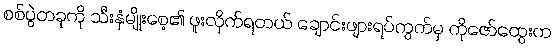
စစ်ပွဲတခုကို သီးနှံမျိုးစေ့၏ ဖူးလိုက်ရတယ် ချောင်းဖျားရပ်ကွက်မှ ကိုဇော်ထွေးက